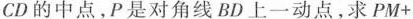
CD的中点，P是对角线BD上一动点，求PM+